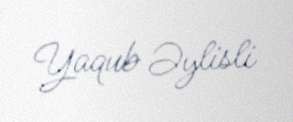
Yaqub Əylisli